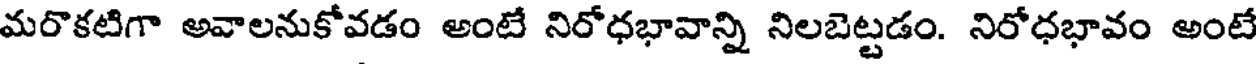
మరొకటిగా అవాలనుకోవడం అంటే నిరోధభావాన్ని నిలబెట్టడం. నిరోధభావం అంటే